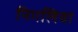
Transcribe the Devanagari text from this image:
निगलिवा